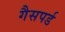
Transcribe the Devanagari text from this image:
गैसपर्ड